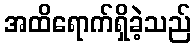
အထိရောက်ရှိခဲ့သည်